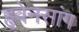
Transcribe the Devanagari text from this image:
हृवेनसांग